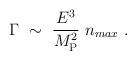
LaTeX: \begin{align*} \Gamma ~\sim ~{E^3 \over M_{\rm P}^2}~ n_{max}~.\end{align*}